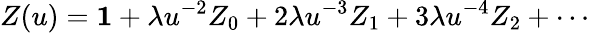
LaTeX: Z(u)={\mathbf 1}+\lambda u^{-2}Z_{0}+2\lambda u^{-3}Z_{1}+3\lambda u^{-4}Z_{2}+\cdots